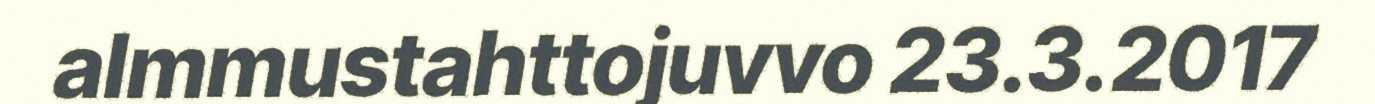
almmustahttojuvvo 23.3.2017